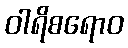
ဝါရိစရောဝ